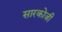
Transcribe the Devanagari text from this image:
सारकोज़ी